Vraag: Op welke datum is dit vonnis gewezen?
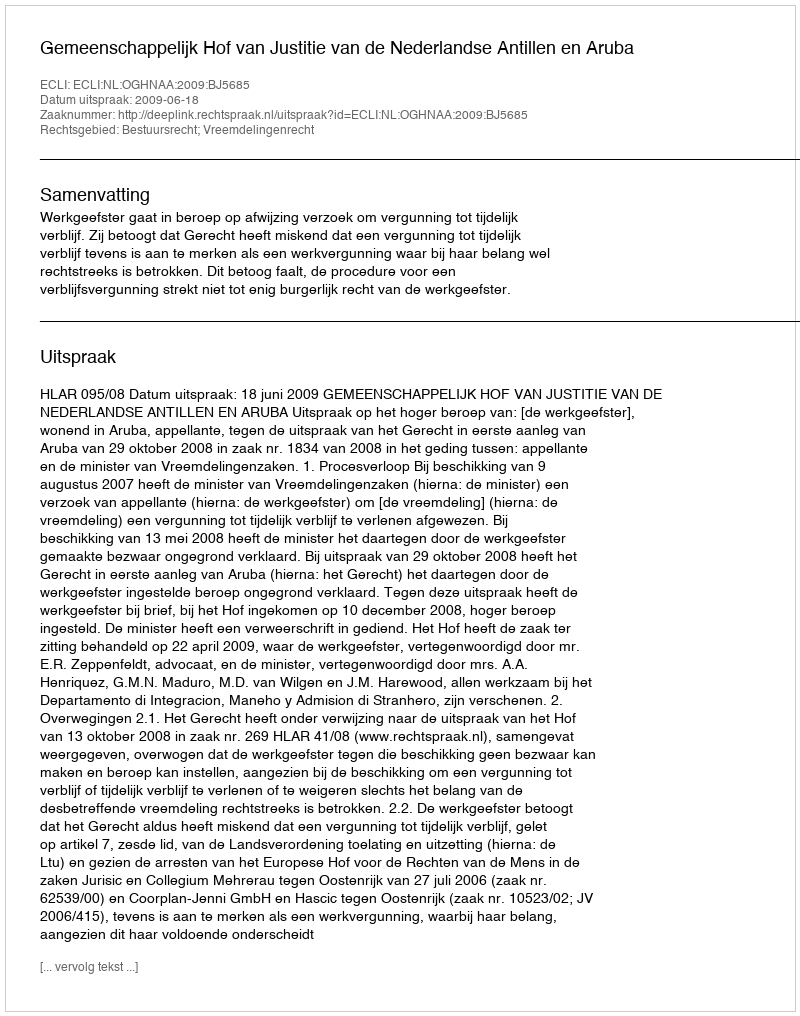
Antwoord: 2009-06-18